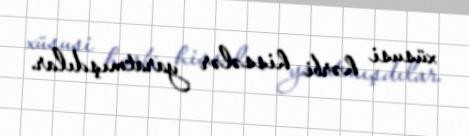
xüsusi hərbi hissələr yaratmışdılar.